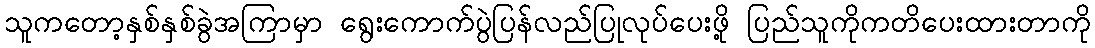
သူကတော့နှစ်နှစ်ခွဲအကြာမှာ ရွေးကောက်ပွဲပြန်လည်ပြုလုပ်ပေးဖို့ ပြည်သူကိုကတိပေးထားတာကို